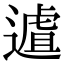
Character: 𨖆